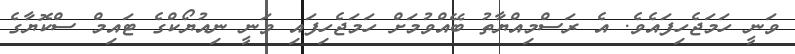
ވަނީ ހަމަޖެހިފައެވެ. އެ ރަސްމިއްޔާތު ބޭއްވުމަށް ހަމަޖެހިފައި ވަނީ ނިއުޔޯކްގެ ޓައިމް ސްކޮޔާގެ